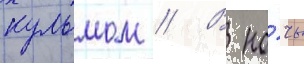
кульмом // В но́чь